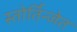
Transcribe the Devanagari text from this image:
स्तोर्तिन्जेत